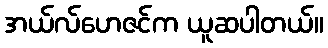
အယ်လ်ဟေဇင်က ယူဆပါတယ်။